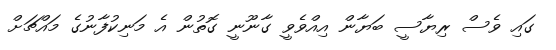
ގައި ވެސް ރިޔާސީ ބަޔާން އިއްވެވީ ގާނޫނީ ގޮތުން އެ މަނިކުފާނުގެ މައްޗަށް